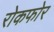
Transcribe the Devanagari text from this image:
रोकफोर